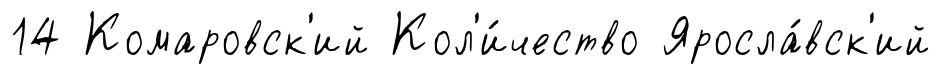
14 Комаровск'ий Кол'и́чество Яросла́вск'ий